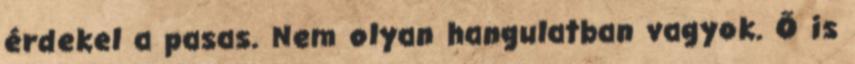
érdekel a pasas. Nem olyan hangulatban vagyok. Ő is